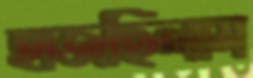
হাজছিলাম